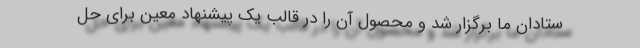
ستادان ما برگزار شد و محصول آن را در قالب یک پیشنهاد معین برای حل